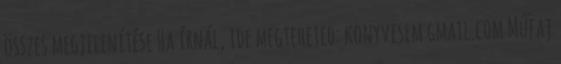
összes megjelenítése Ha írnál, ide megteheted: konyvesem gmail.com Műfaj